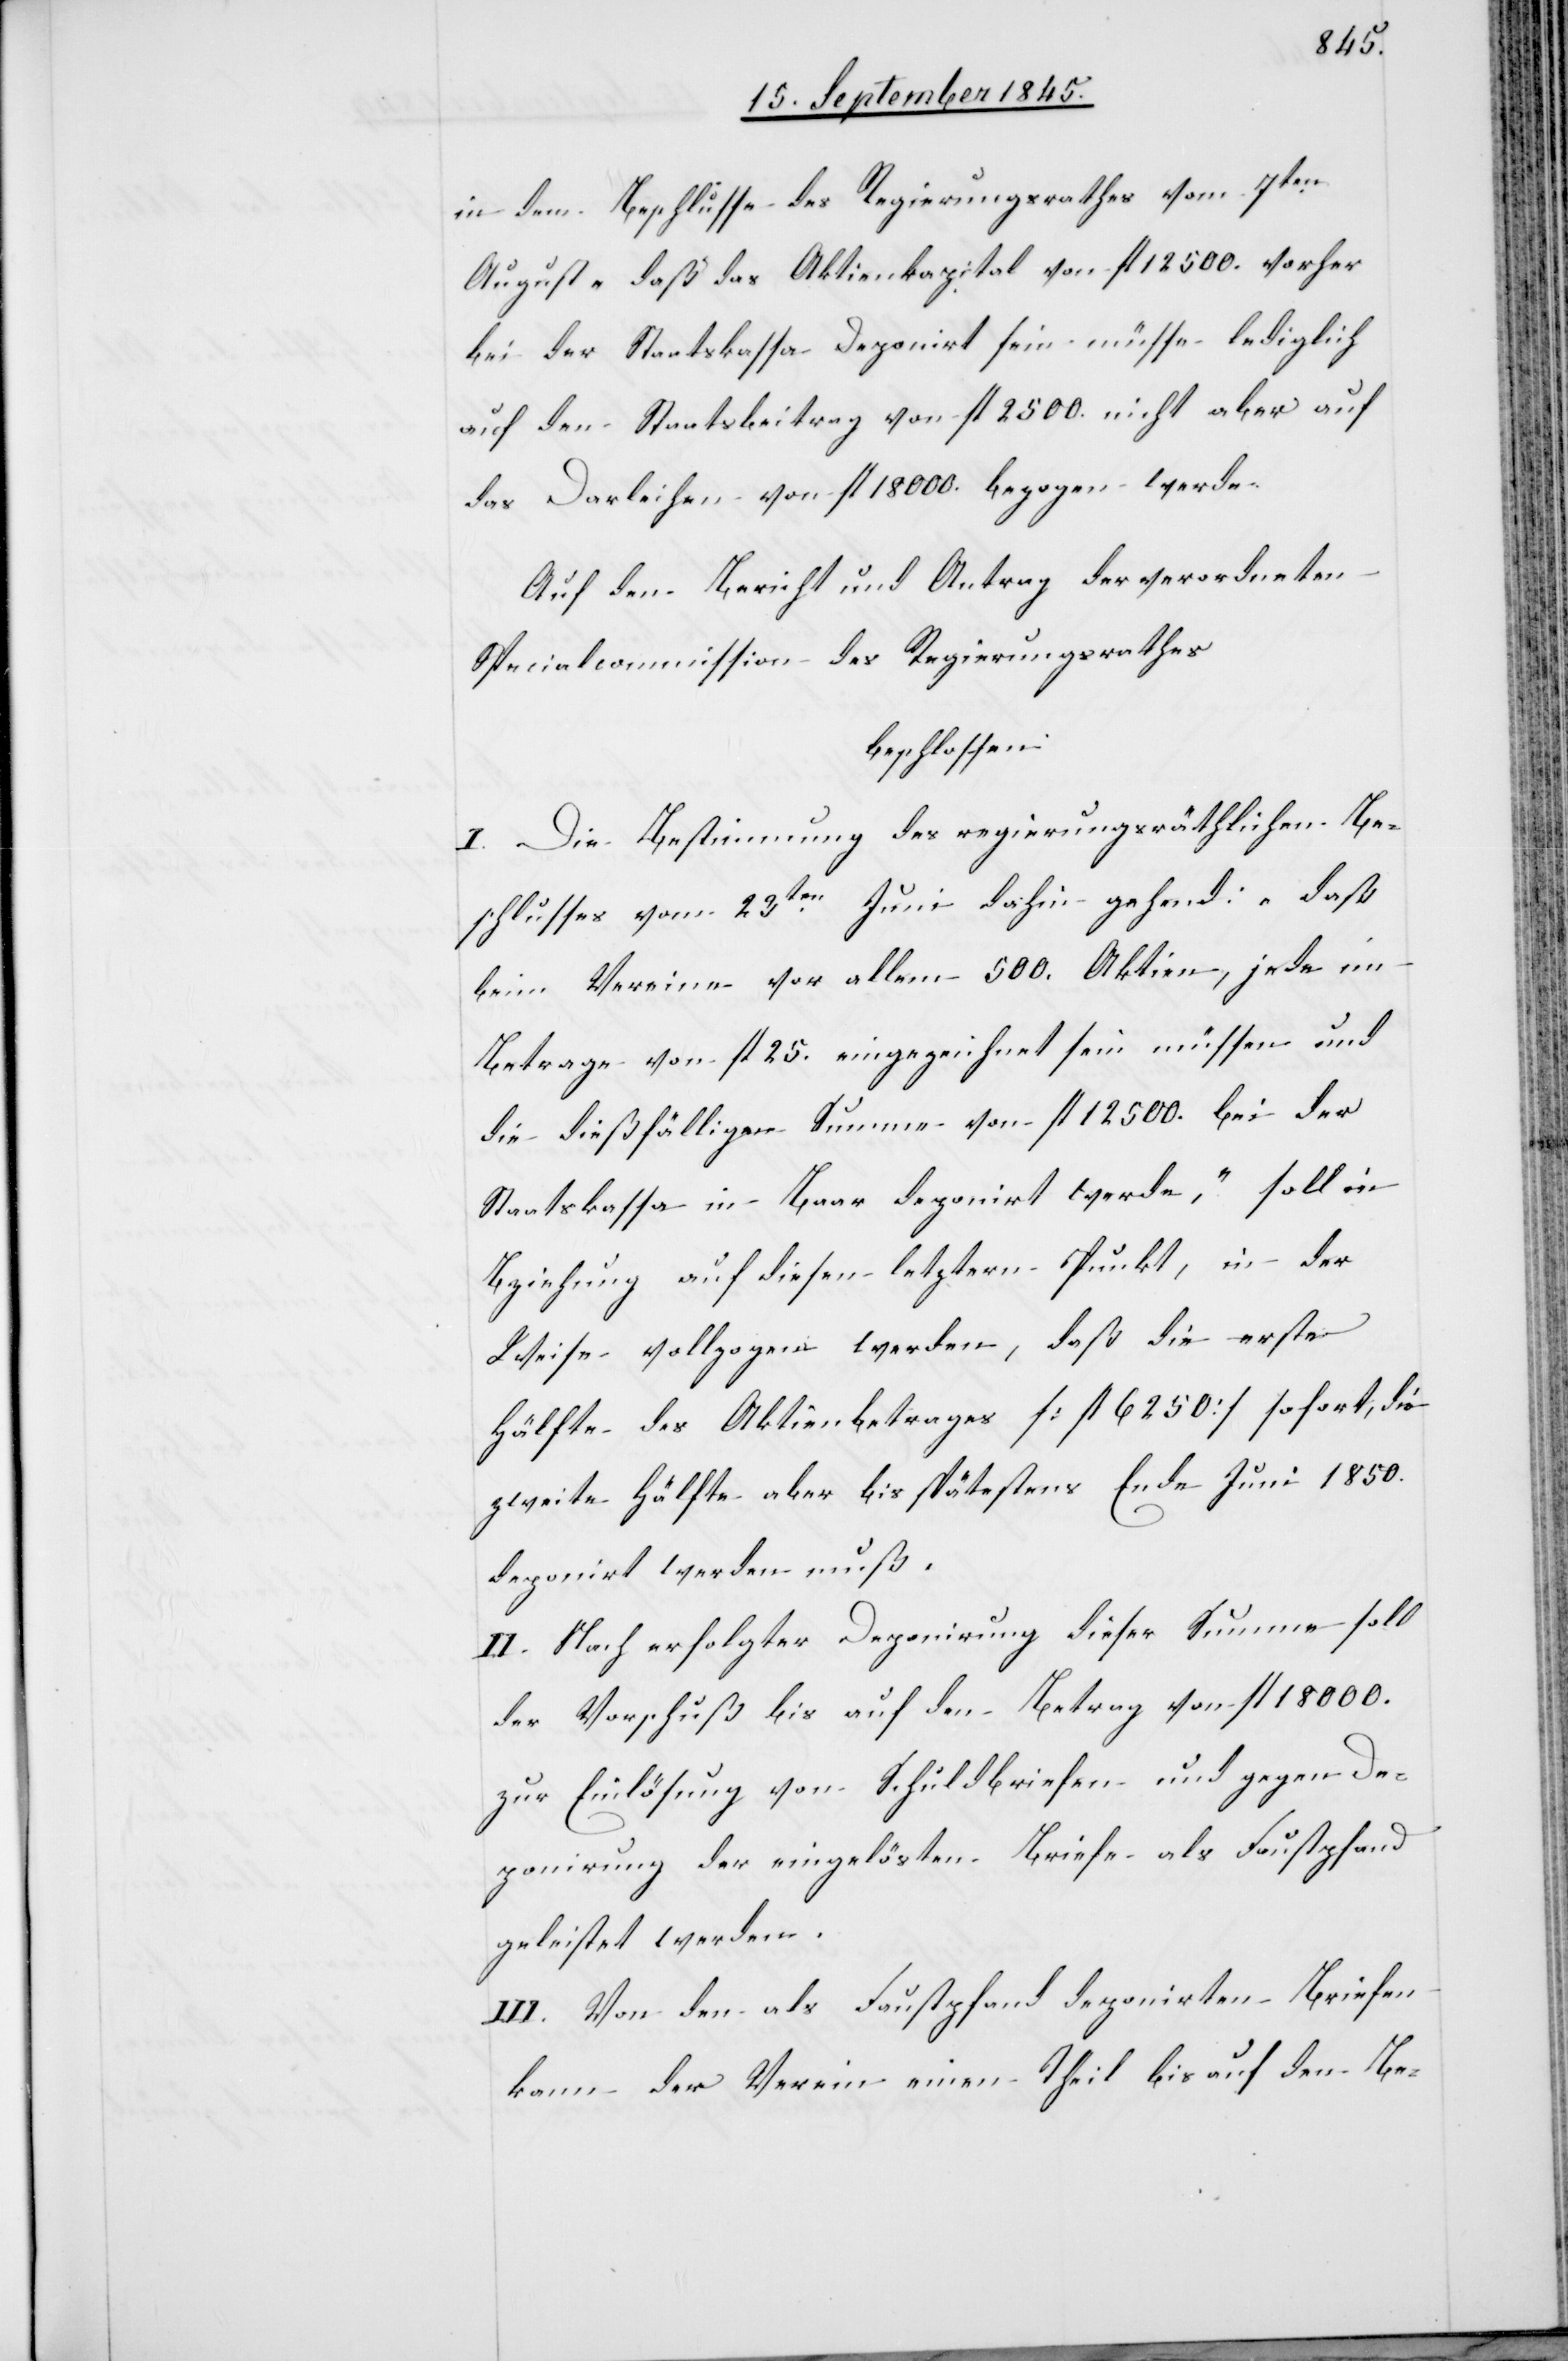
in dem Beschlusse des Regierungsrathes vom 7ten
August – daß das Aktienkapital von fl. 12 500. vorher
bei der Staatskassa deponirt sein müsse lediglich
auf den Staatsbeitrag von fl. 2 500. nicht aber auf
das Darleihen von fl. 18 000. bezogen werde.
Auf den Bericht und Antrag der verordneten
Specialcommission des Regierungsrathes
beschlossen:
I. Die Bestimmung des regierungsräthlichen Be¬
schlusses vom 23ten Juni dahin gehend: „daß
beim Vereine vor allem 500. Aktien, jede im
Betrage von fl. 25. eingezeichnet sein müssen und
die dießfälligen Summe von fl. 12 500. bei der
Staatskassa in Baar deponirt werde“, soll in
Beziehung auf diesen letztern Punkt, in der
Weise vollzogen werden, daß die erste
Hälfte des Aktienbetrages [fl. 6 250] sofort, die
zweite Hälfte aber bis spätestens Ende Juni 1850.
deponirt werden muß.
II. Nach erfolgter Deponirung diese Summe soll
der Vorschuß bis auf den Betrag von fl. 18 000.
zur Einlösung von Schuldbriefen und gegen De¬
ponirung der eingelösten Briefe als Faustpfand
geleistet werden.
III. Von den als Faustpfand deponirten Briefen
kann der Verein einen Theil bis auf den Be-